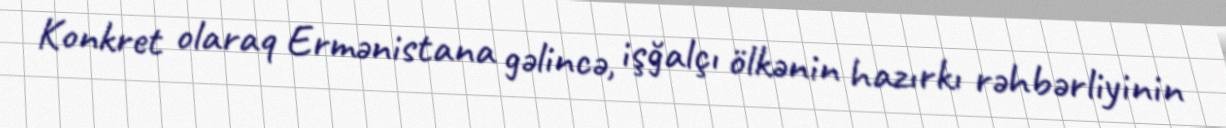
Konkret olaraq Ermənistana gəlincə, işğalçı ölkənin hazırkı rəhbərliyinin